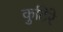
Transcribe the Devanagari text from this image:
कुटिरे